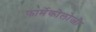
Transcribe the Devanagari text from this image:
फार्मेकोलोजी